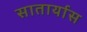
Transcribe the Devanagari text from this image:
सातार्यास